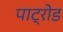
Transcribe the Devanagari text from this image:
पाट्रोड